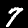
Digit: 7